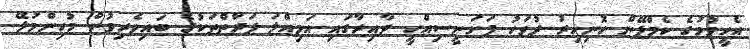
އެހީވުމުގެ ކެމްޕޭން ހޮނިހިރު ދުވަހު ފަށަނީސިއްހީ ދާއިރާގައި އަމިއްލަ ފަރާތްތަކުގެ ބައިވެރިވުން މުހިންމުލޭ